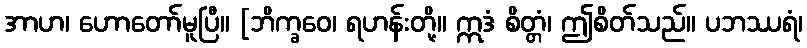
အာဟ၊ ဟောတော်မူပြီ။ [ဘိက္ခဝေ၊ ရဟန်းတို့။ ဣဒံ စိတ္တံ၊ ဤစိတ်သည်။ ပဘဿရံ၊